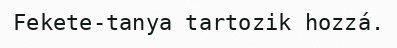
Fekete-tanya tartozik hozzá.